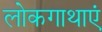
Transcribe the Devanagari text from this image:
लोकगाथाएं